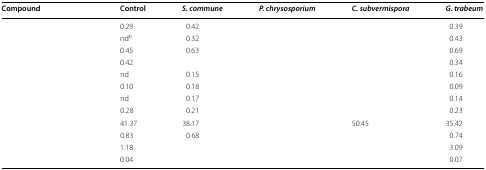
<table><thead><tr><td><b>Compound</b></td><td><b>Control</b></td><td><b><i>S. commune</i></b></td><td><b><i>P. chrysosporium</i></b></td><td><b><i>C. subvermispora</i></b></td><td><b><i>G. trabeum</i></b></td></tr></thead><tbody><tr><td>[EMPTY_CELL]</td><td>0.29</td><td>0.42</td><td>[EMPTY_CELL]</td><td>[EMPTY_CELL]</td><td>0.39</td></tr><tr><td>[EMPTY_CELL]</td><td>nd<sup>b</sup></td><td>0.32</td><td>[EMPTY_CELL]</td><td>[EMPTY_CELL]</td><td>0.43</td></tr><tr><td>[EMPTY_CELL]</td><td>0.45</td><td>0.63</td><td>[EMPTY_CELL]</td><td>[EMPTY_CELL]</td><td>0.69</td></tr><tr><td>[EMPTY_CELL]</td><td>0.42</td><td>[EMPTY_CELL]</td><td>[EMPTY_CELL]</td><td>[EMPTY_CELL]</td><td>0.34</td></tr><tr><td>[EMPTY_CELL]</td><td>nd</td><td>0.15</td><td>[EMPTY_CELL]</td><td>[EMPTY_CELL]</td><td>0.16</td></tr><tr><td>[EMPTY_CELL]</td><td>0.10</td><td>0.18</td><td>[EMPTY_CELL]</td><td>[EMPTY_CELL]</td><td>0.09</td></tr><tr><td>[EMPTY_CELL]</td><td>nd</td><td>0.17</td><td>[EMPTY_CELL]</td><td>[EMPTY_CELL]</td><td>0.14</td></tr><tr><td>[EMPTY_CELL]</td><td>0.28</td><td>0.21</td><td>[EMPTY_CELL]</td><td>[EMPTY_CELL]</td><td>0.23</td></tr><tr><td>[EMPTY_CELL]</td><td>41.37</td><td>38.17</td><td>[EMPTY_CELL]</td><td>50.45</td><td>35.42</td></tr><tr><td>[EMPTY_CELL]</td><td>0.83</td><td>0.68</td><td>[EMPTY_CELL]</td><td>[EMPTY_CELL]</td><td>0.74</td></tr><tr><td>[EMPTY_CELL]</td><td>1.18</td><td>[EMPTY_CELL]</td><td>[EMPTY_CELL]</td><td>[EMPTY_CELL]</td><td>3.09</td></tr><tr><td>[EMPTY_CELL]</td><td>0.04</td><td>[EMPTY_CELL]</td><td>[EMPTY_CELL]</td><td>[EMPTY_CELL]</td><td>0.07</td></tr></tbody></table>